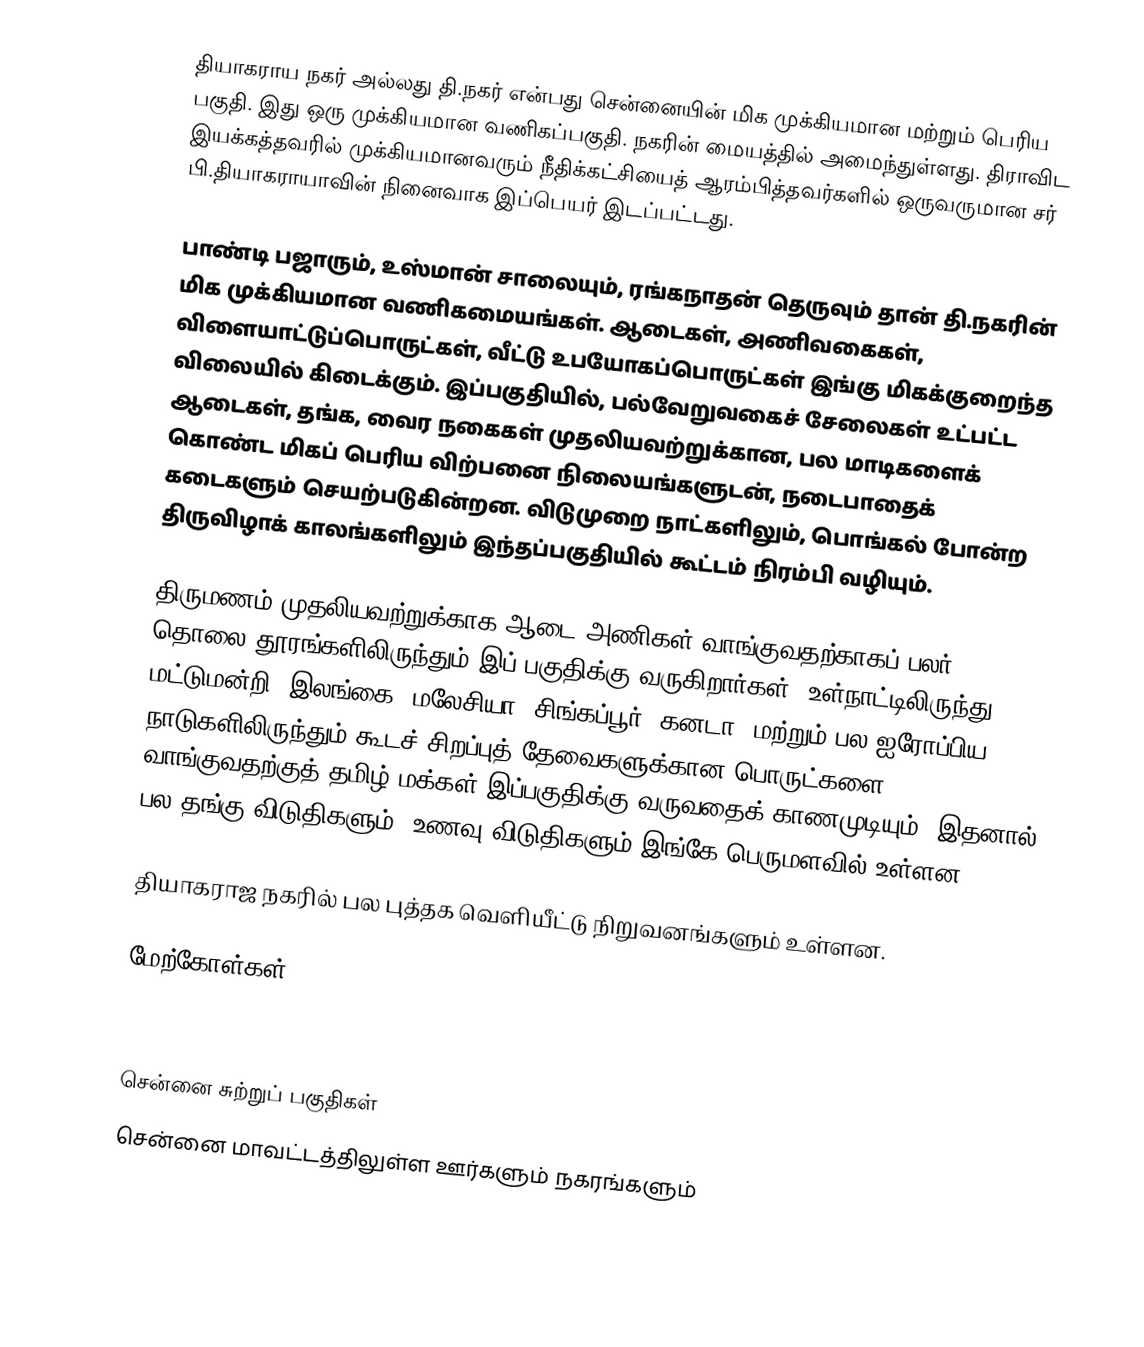
தியாகராய நகர் அல்லது தி.நகர் என்பது சென்னையின் மிக முக்கியமான மற்றும் பெரிய பகுதி. இது ஒரு முக்கியமான வணிகப்பகுதி. நகரின் மையத்தில் அமைந்துள்ளது. திராவிட இயக்கத்தவரில் முக்கியமானவரும் நீதிக்கட்சியைத் ஆரம்பித்தவர்களில் ஒருவருமான சர் பி.தியாகராயாவின் நினைவாக இப்பெயர் இடப்பட்டது.

பாண்டி பஜாரும், உஸ்மான் சாலையும், ரங்கநாதன் தெருவும் தான் தி.நகரின் மிக முக்கியமான வணிகமையங்கள். ஆடைகள், அணிவகைகள், விளையாட்டுப்பொருட்கள், வீட்டு உபயோகப்பொருட்கள் இங்கு மிகக்குறைந்த விலையில் கிடைக்கும். இப்பகுதியில், பல்வேறுவகைச் சேலைகள் உட்பட்ட ஆடைகள், தங்க, வைர நகைகள் முதலியவற்றுக்கான, பல மாடிகளைக் கொண்ட மிகப் பெரிய விற்பனை நிலையங்களுடன், நடைபாதைக் கடைகளும் செயற்படுகின்றன. விடுமுறை நாட்களிலும், பொங்கல் போன்ற திருவிழாக் காலங்களிலும் இந்தப்பகுதியில் கூட்டம் நிரம்பி வழியும்.

திருமணம் முதலியவற்றுக்காக ஆடை அணிகள் வாங்குவதற்காகப் பலர் தொலை தூரங்களிலிருந்தும் இப் பகுதிக்கு வருகிறார்கள். உள்நாட்டிலிருந்து மட்டுமன்றி, இலங்கை, மலேசியா, சிங்கப்பூர், கனடா, மற்றும் பல ஐரோப்பிய நாடுகளிலிருந்தும் கூடச் சிறப்புத் தேவைகளுக்கான பொருட்களை வாங்குவதற்குத் தமிழ் மக்கள் இப்பகுதிக்கு வருவதைக் காணமுடியும். இதனால் பல தங்கு விடுதிகளும், உணவு விடுதிகளும் இங்கே பெருமளவில் உள்ளன.

தியாகராஜ நகரில் பல புத்தக வெளியீட்டு நிறுவனங்களும் உள்ளன.

மேற்கோள்கள்



சென்னை சுற்றுப் பகுதிகள்
சென்னை மாவட்டத்திலுள்ள ஊர்களும் நகரங்களும்